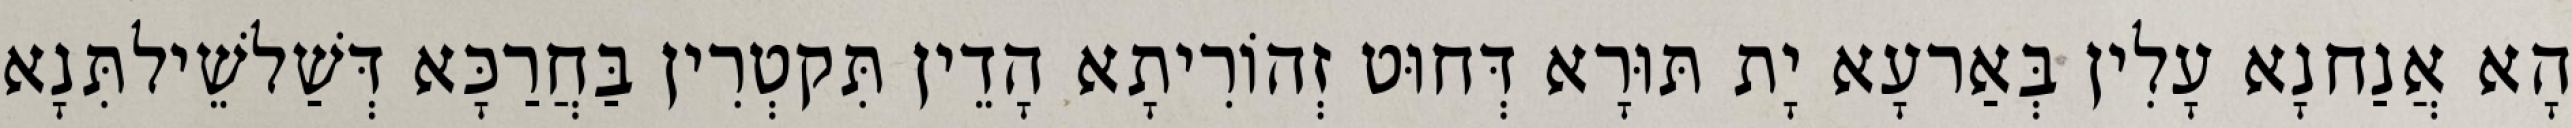
הָא אֲנַחנָא עָלִין בְּאַרעָא יָת תּוּרָא דְּחוּט זְהוֹרִיתָא הָדֵין תִּקטְרִין בַּחֲרַכָּא דְּשַׁלשֵׁילתִּנָא